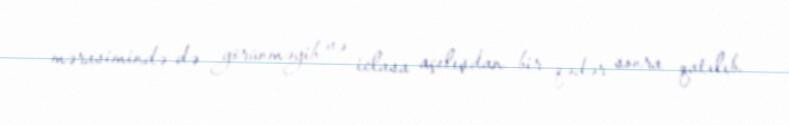
mərasimində də görünməyib və iclasa açılışdan bir qədər sonra qatılıb.